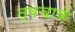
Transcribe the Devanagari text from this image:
त्वचाके